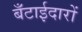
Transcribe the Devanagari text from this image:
बँटाईदारों